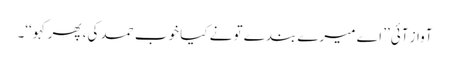
آواز آئی’’ اے میرے بندے تو نے کیا خوب حمد کی، پھر کہو‘‘۔